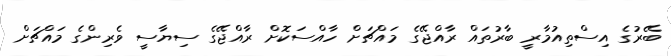
ބޭރުގެ އިސްތިއުމާރީ ބާރުތައް ރާއްޖޭގެ މައްޗަށް ހާއްސަކޮށް ރާއްޖޭގެ ސިޔާސީ ވެރިންގެ މައްޗަށް